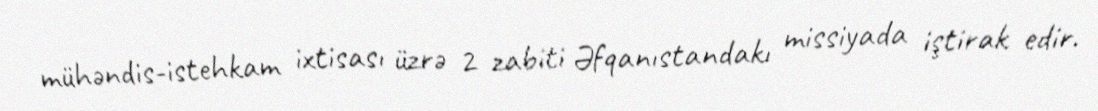
mühəndis-istehkam ixtisası üzrə 2 zabiti Əfqanıstandakı missiyada iştirak edir.